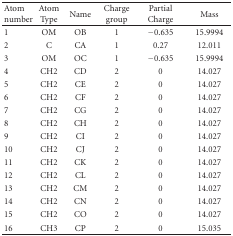
<table><thead><tr><td><b>Atom number</b></td><td><b>Atom Type</b></td><td><b>Name</b></td><td><b>Charge group</b></td><td><b>Partial Charge</b></td><td><b>Mass</b></td></tr></thead><tbody><tr><td>1</td><td>OM</td><td>OB</td><td>1</td><td>−0.635 </td><td>15.9994</td></tr><tr><td>2</td><td>C</td><td>CA</td><td>1</td><td>0.27 </td><td>12.011</td></tr><tr><td>3</td><td>OM</td><td>OC</td><td>1</td><td>−0.635 </td><td>15.9994</td></tr><tr><td>4</td><td>CH2</td><td>CD</td><td>2</td><td>0</td><td>14.027</td></tr><tr><td>5</td><td>CH2</td><td>CE</td><td>2</td><td>0</td><td>14.027</td></tr><tr><td>6</td><td>CH2</td><td>CF</td><td>2</td><td>0</td><td>14.027</td></tr><tr><td>7</td><td>CH2</td><td>CG</td><td>2</td><td>0</td><td>14.027</td></tr><tr><td>8</td><td>CH2</td><td>CH</td><td>2</td><td>0</td><td>14.027</td></tr><tr><td>9</td><td>CH2</td><td>CI</td><td>2</td><td>0</td><td>14.027</td></tr><tr><td>10</td><td>CH2</td><td>CJ</td><td>2</td><td>0</td><td>14.027</td></tr><tr><td>11</td><td>CH2</td><td>CK</td><td>2</td><td>0</td><td>14.027</td></tr><tr><td>12</td><td>CH2</td><td>CL</td><td>2</td><td>0</td><td>14.027</td></tr><tr><td>13</td><td>CH2</td><td>CM</td><td>2</td><td>0</td><td>14.027</td></tr><tr><td>14</td><td>CH2</td><td>CN</td><td>2</td><td>0</td><td>14.027</td></tr><tr><td>15</td><td>CH2</td><td>CO</td><td>2</td><td>0</td><td>14.027</td></tr><tr><td>16</td><td>CH3</td><td>CP</td><td>2</td><td>0</td><td>15.035</td></tr></tbody></table>